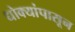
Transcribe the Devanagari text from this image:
धोक्यांपासून